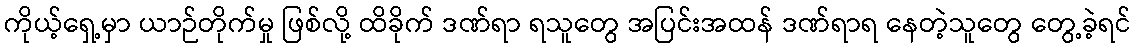
ကိုယ့်ရှေ့မှာ ယာဉ်တိုက်မှု ဖြစ်လို့ ထိခိုက် ဒဏ်ရာ ရသူတွေ အပြင်းအထန် ဒဏ်ရာရ နေတဲ့သူတွေ တွေ့ခဲ့ရင်